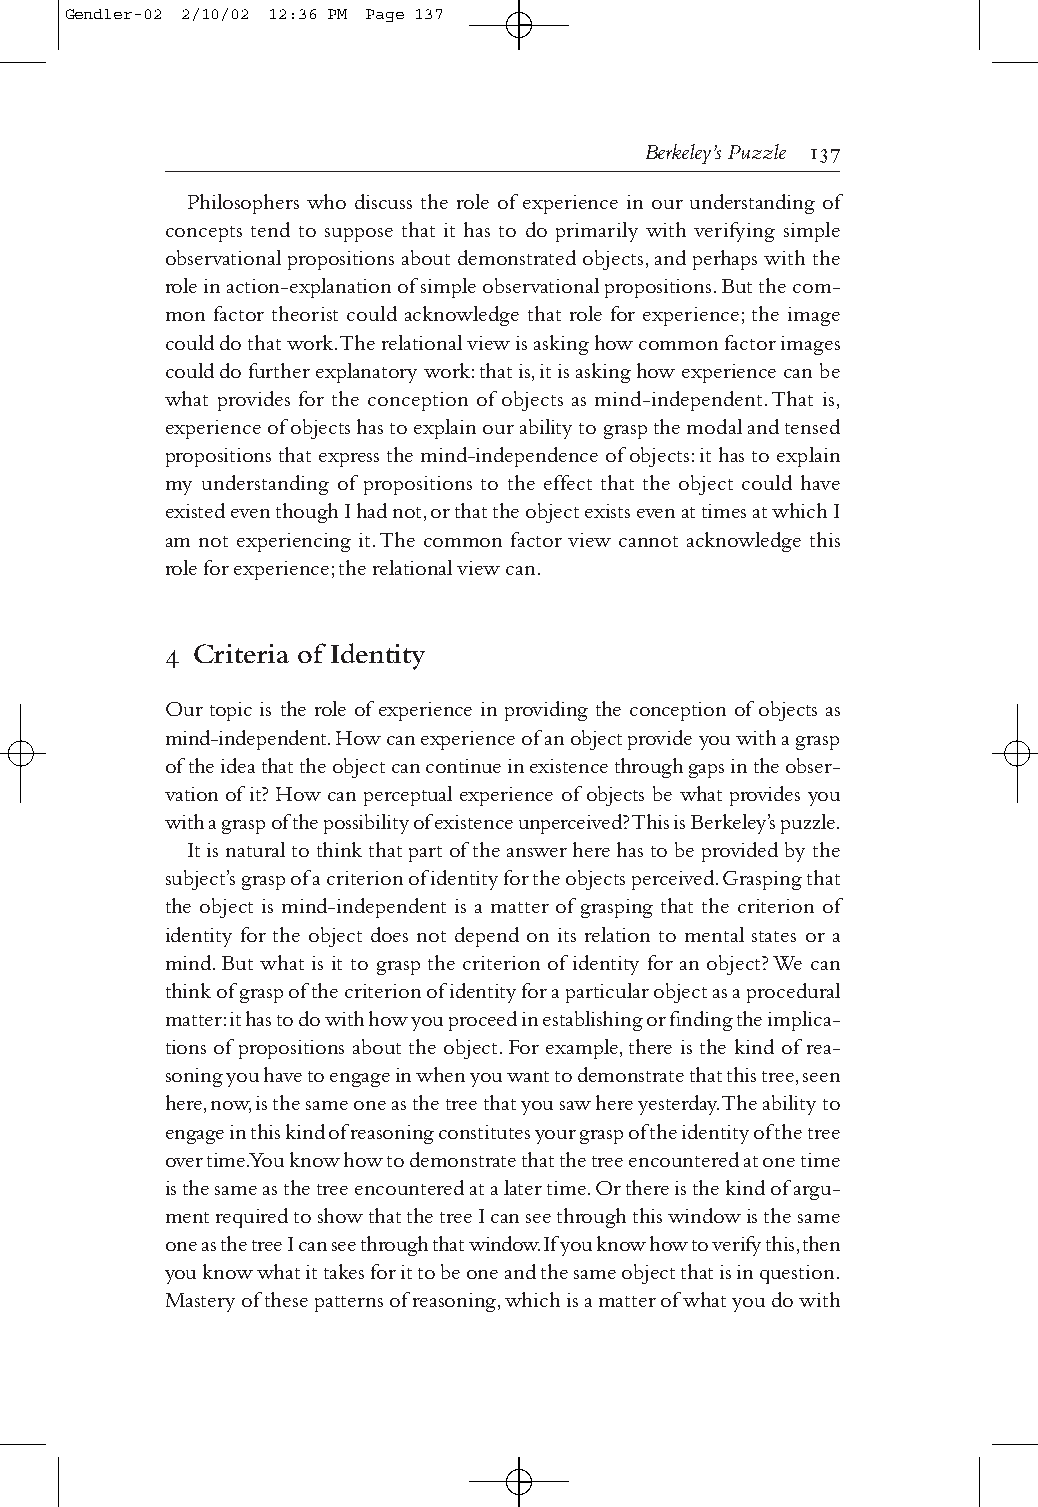
Gendler-02 2/10/02 12:36 PM Page 137
 Berkeley’s Puzzle 
 Philosophers who discuss the role of experience in our understanding of
 concepts tend to suppose that it has to do primarily with verifying simple
 observational propositions about demonstrated objects,and perhaps with the
 role in action-explanation of simple observational propositions.But the com-
 mon factor theorist could acknowledge that role for experience;the image
 could do that work.The relational view is asking how common factor images
 could do further explanatory work:that is,it is asking how experience can be
 what provides for the conception of objects as mind-independent.That is,
 experience of objects has to explain our ability to grasp the modal and tensed
 propositions that express the mind-independence of objects:it has to explain
 my understanding of propositions to the effect that the object could have
 existed even though I had not,or that the object exists even at times at which I
 am not experiencing it.The common factor view cannot acknowledge this
 role for experience;the relational view can.
 4 Criteria of Identity
 Our topic is the role of experience in providing the conception of objects as
 mind-independent.How can experience of an object provide you with a grasp
 of the idea that the object can continue in existence through gaps in the obser-
 vation of it? How can perceptual experience of objects be what provides you
 with a grasp of the possibility of existence unperceived? This is Berkeley’s puzzle.
 It is natural to think that part of the answer here has to be provided by the
 subject’s grasp of a criterion of identity for the objects perceived.Grasping that
 the object is mind-independent is a matter of grasping that the criterion of
 identity for the object does not depend on its relation to mental states or a
 mind.But what is it to grasp the criterion of identity for an object? We can
 think of grasp of the criterion of identity for a particular object as a procedural
 matter:it has to do with how you proceed in establishing or finding the implica-
 tions of propositions about the object.For example,there is the kind of rea-
 soning you have to engage in when you want to demonstrate that this tree,seen
 here,now,is the same one as the tree that you saw here yesterday.The ability to
 engage in this kind of reasoning constitutes your grasp of the identity of the tree
 over time.You know how to demonstrate that the tree encountered at one time
 is the same as the tree encountered at a later time.Or there is the kind of argu-
 ment required to show that the tree I can see through this window is the same
 one as the tree I can see through that window.If you know how to verify this,then
 you know what it takes for it to be one and the same object that is in question.
 Mastery of these patterns of reasoning,which is a matter of what you do with